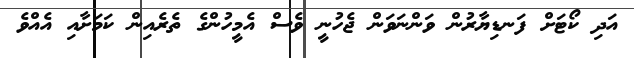
އަދި ކޯޓަށް ފަނޑިޔާރުން ވަންނަވަން ޖެހުނީ ވެސް އެމީހުންގެ ތެރެއިން ކަމަށާއި އެއްވެ